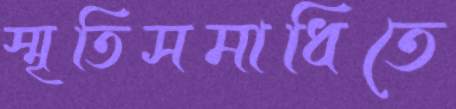
স্মৃতিসমাধিতে